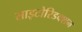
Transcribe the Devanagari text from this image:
साइटोरिडक्शन